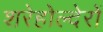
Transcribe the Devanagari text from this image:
शरेहोल्देरों